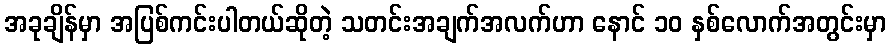
အခုချိန်မှာ အပြစ်ကင်းပါတယ်ဆိုတဲ့ သတင်းအချက်အလက်ဟာ နောင် ၁၀ နှစ်လောက်အတွင်းမှာ